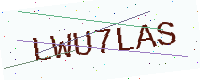
Text: LWU7LAS